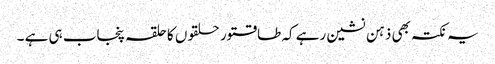
یہ نکتہ بھی ذہن نشین رہے کہ طاقتور حلقوں کا حلقہ پنجاب ہی ہے ۔